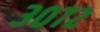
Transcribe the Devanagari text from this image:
३०७२